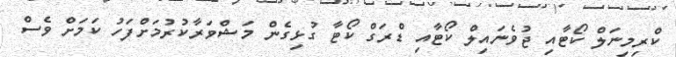
ކްރިމިނަލް ކޯޓާއި ޖުވެނައިލް ކޯޓާއި ޑްރަގް ކޯޓާ ގުޅިގެން މަޝްވަރާކުރުމަށްފަހު ކަމަށް ވެސް